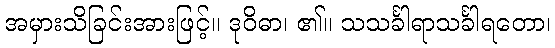
အမှားသိခြင်းအားဖြင့်။ ဒုဝိဓာ၊ ၏။ သသင်္ခါရာသင်္ခါရတော၊